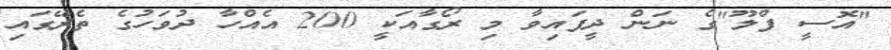
"އޮސީ ފްލޫ"ގެ ނަން ދީފައިވާ މި ރޯގާއަކީ 200 އެއްހާ ދުވަހުގެ ތެރޭގައި